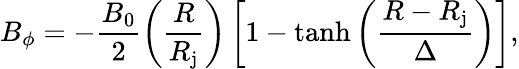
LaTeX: B_{\phi}=-\frac{B_{0}}{2}\left(\frac{R}{R_{\mathrm{j}}}\right)\left[1-\operatorname{tanh}\left(\frac{R-R_{\mathrm{j}}}{\Delta}\right)\right],